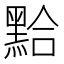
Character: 𪑇